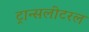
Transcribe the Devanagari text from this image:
ट्रान्सलीटरल